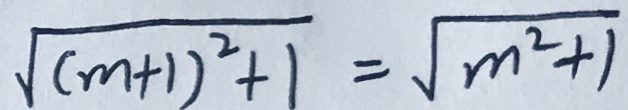
\sqrt { ( m + 1 ) ^ { 2 } + 1 } = \sqrt { m ^ { 2 } + 1 }